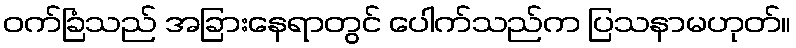
ဝက်ခြံသည် အခြားနေရာတွင် ပေါက်သည်က ပြသနာမဟုတ်။